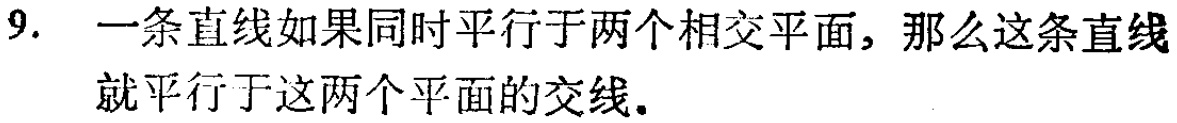
9. 一条直线如果同时平行于两个相交平面，那么这条直线就平行于这两个平面的交线.